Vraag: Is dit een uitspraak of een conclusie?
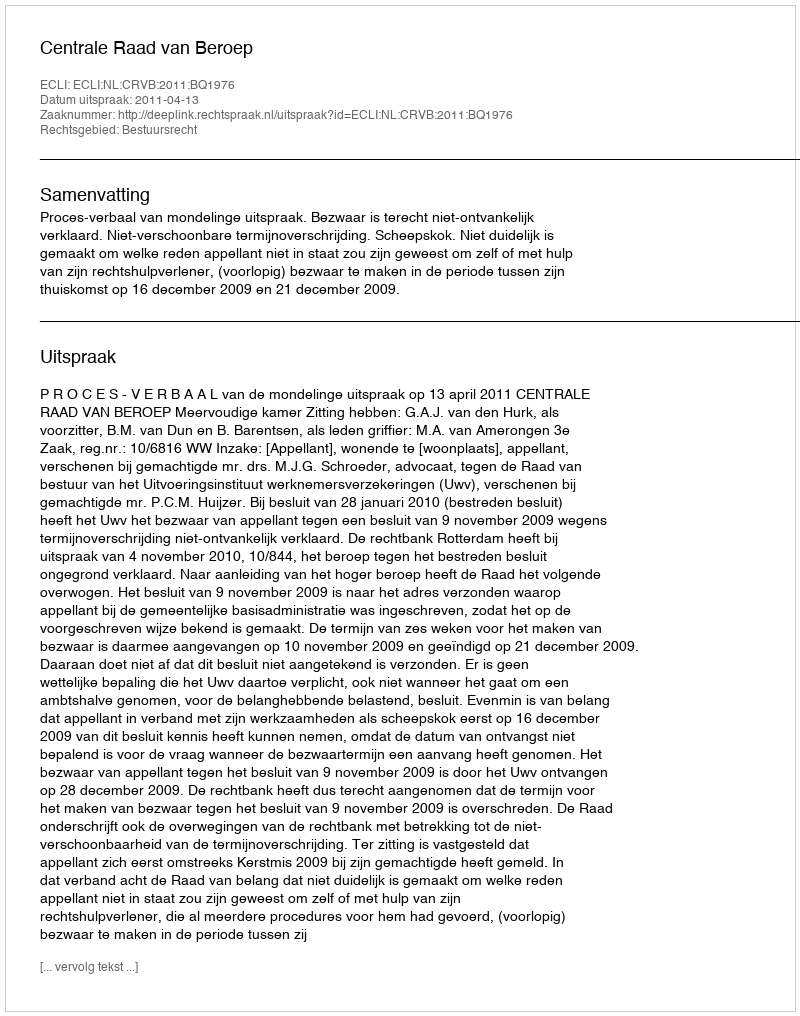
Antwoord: Uitspraak